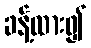
ခန့်ထား၍